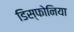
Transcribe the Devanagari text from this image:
डिस्फोनिया